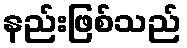
နည်းဖြစ်သည်